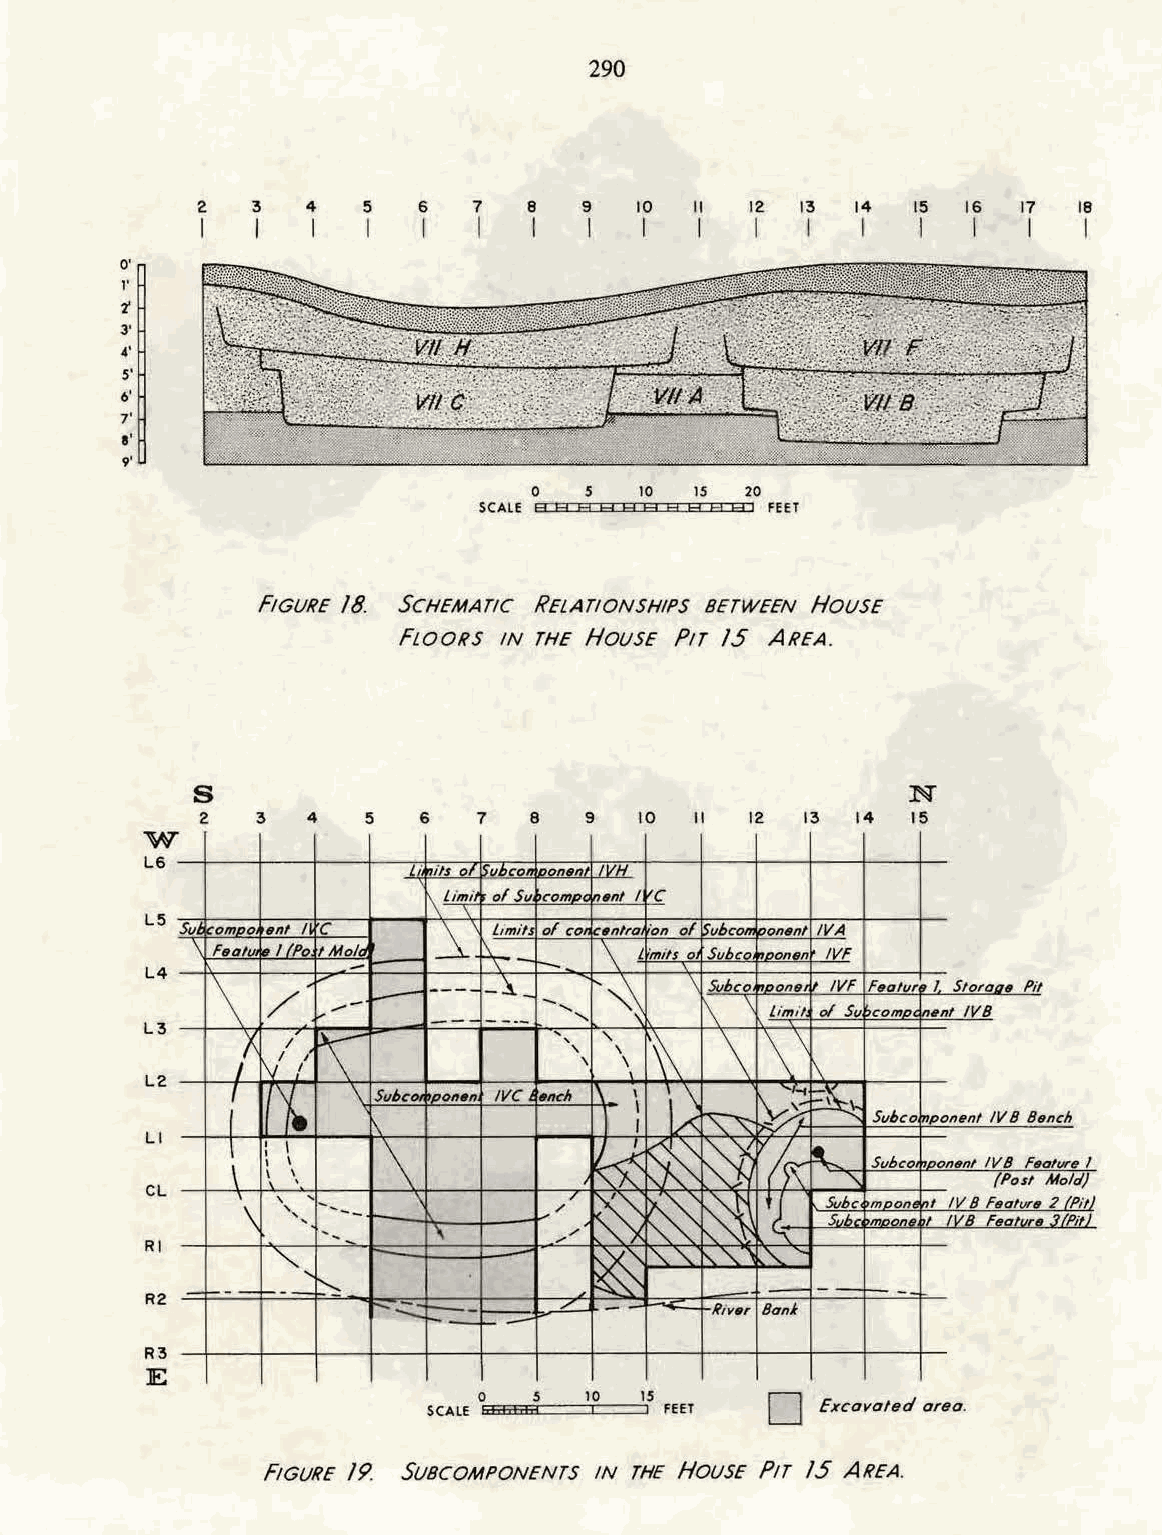
290
 2   3  4   5   6  7   8  9   10  II 12  13 14  15  16 17  18
 I   I   I  I   I   I  I   l  I   I   l  I   I   I  I   I   I
 0'
 1'
 'i
 3'
 ~·
 S'
 6'
 ,7.'
 9'
 s
 0      10  15 ~0
 SCALE A A A A A A H A H A I fEET
 FIGURE 18 SCHEMATIC RELATIONSHIPS BETWEEN HOUSE
 FLOORS IN THE HOUSE PIT 15 AREA.
 S                                              N
 2   3  4   5   6   7  8   9  10  II 12  13  14 15
 w
 L6                · its of nt/111 IVH
 vc
 \lim~· of Su C'OtnP( n•nl I
 L5 Su~ ompo ttnt II c _i' Limit of co 11ntro 'on of vbcom 'oon11nl IVA
 \ f11otu. • //Po tMo _ld . ~- \L 'mits o Subco. r,ponlln /Vf
 L4  \   /  1"" --""- - ~ --- ·--i_ - ...- ....- .... , ~~ -...; \ \~ bco \ ,D LO imnI /I ! o/ lV Sf v ~f c11 oo ml ptH ( lnI • ntS t !o Vro Bo 11 Pit
 L3    l  I 1\              .... ' ' II~ \ \\
 1/I
 I
 I                 ' \ \ \
 :"'.
 L2   [  '"f. \ SubctH 1pon11n /VC IIIIC'II 1\ I '\ '1-f ~
 I       ~
 Ll             \                I LA ~  y/5\    Svbco 'rnponent IV 8 Bt~ncll
 \ 'I
 '
 I
 I
 .     \             01:: ~ ~       ~
 Svhco "Donent /VB F11otvre /
 CL    \ I ' ' \ ' ' ' - -- --- - \ v /, ~ ~ ~ •)_ ~ Sh uh' e\ c , m mDoo onn e . II !I VV B 8 f f1 e( 1 oP o to vt rvs 1rt e 1 M .2 1 o // Pl Pd ii t) t ))
 R\                 \       .,... / I""' ·"'
 ~      1'..'-.
 --- ""- ..... ~ --                 -· - ...... -- r---
 R2     f-.--      --          -
 ~.::::..:   L.        lliv., Bani
 ~--
 R3
 lE
 0
 0  .s  10 15
 SCALE Fffibfifd I I FEET  Excavated area.
 FIGURE 19. SuBCOMPONENTS IN THE HousE PIT 15 AREA.